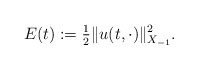
\begin{align*} E(t) := \tfrac{1}{2} \|u(t, \cdot)\|_{X_{-1}}^{2}. \end{align*}